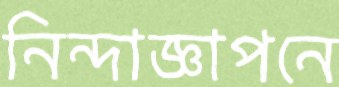
নিন্দাজ্ঞাপনে